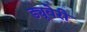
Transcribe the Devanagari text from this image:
ड्यूबेरी